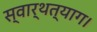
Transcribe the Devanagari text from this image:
स्वार्थत्याग।